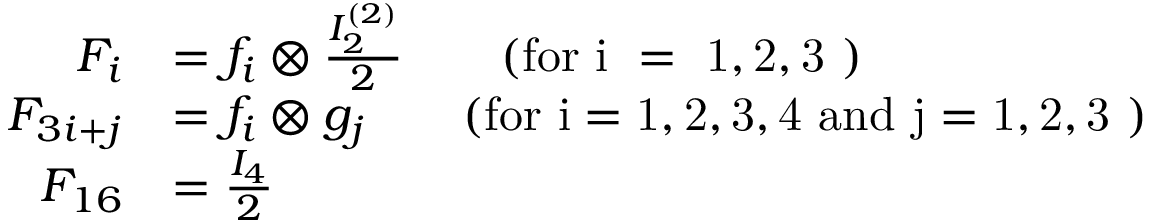
\begin{array} { r l } { F _ { i } } & { = f _ { i } \otimes \frac { I _ { 2 } ^ { ( 2 ) } } { 2 } \qquad \mathrm { ( f o r ~ i ~ = ~ 1 , 2 , 3 ~ ) } } \\ { F _ { 3 i + j } } & { = f _ { i } \otimes g _ { j } \qquad \mathrm { ( f o r ~ i = 1 , 2 , 3 , 4 ~ a n d ~ j = 1 , 2 , 3 ~ ) } } \\ { F _ { 1 6 } } & { = \frac { I _ { 4 } } { 2 } } \end{array}